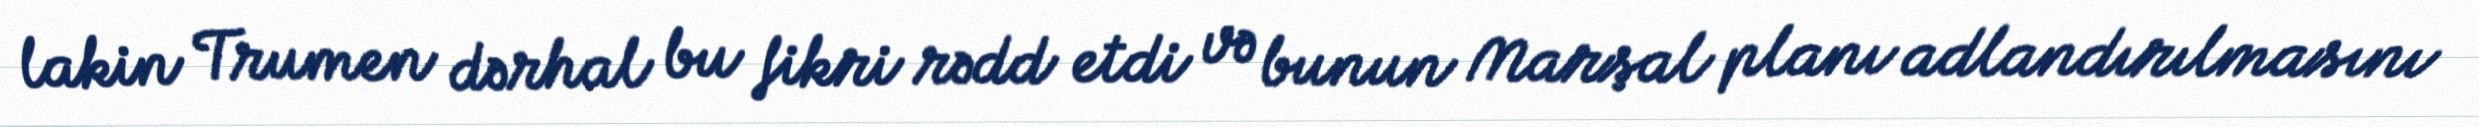
lakin Trumen dərhal bu fikri rədd etdi və bunun Marşal planı adlandırılmasını